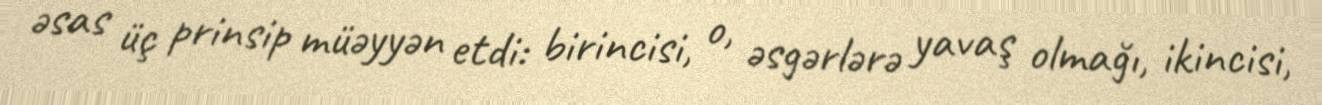
əsas üç prinsip müəyyən etdi: birincisi, o, əsgərlərə yavaş olmağı, ikincisi,